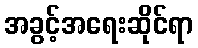
အခွင့်အရေးဆိုင်ရာ